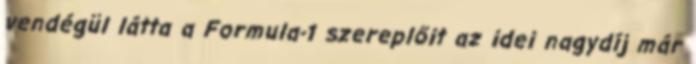
vendégül látta a Formula-1 szereplőit az idei nagydíj már